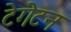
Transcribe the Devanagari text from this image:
टेगेटन